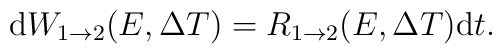
{\rm d}W_{1\rightarrow 2}(E,\Delta T)= R_{1\rightarrow 2}(E,\Delta T){\rm d}t.